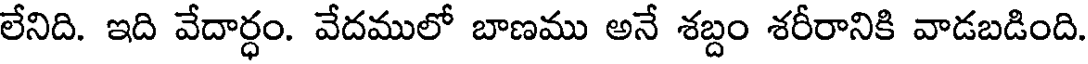
లేనిది. ఇది వేదార్ధం. వేదములో బాణము అనే శబ్దం శరీరానికి వాడబడింది.